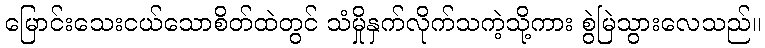
မြောင်းသေးငယ်သောစိတ်ထဲတွင် သံမှိုနှက်လိုက်သကဲ့သို့ကား စွဲမြဲသွားလေသည်။